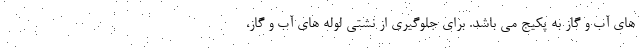
های آب و گاز به پکیج می باشد. برای جلوگیری از نشتی لوله های آب و گاز،